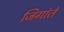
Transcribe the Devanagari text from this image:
जिगांते